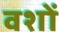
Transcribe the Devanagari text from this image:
वशों